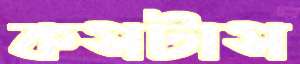
কসটাস